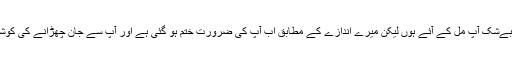
میں نے عرض کیا کہ بےشک آپ مل کے آئے ہوں لیکن میرے اندازے کے مطابق اب آپ کی ضرورت ختم ہو گئی ہے اور آپ سے جان چھڑانے کی کوششوں کا آغاز ہوگیا ہے۔